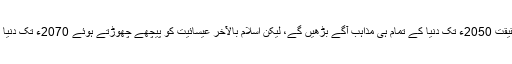
پیو ریسرچ سینٹر کے مطابق درحقیقت 2050ء تک دنیا کے تمام ہی مذاہب آگے بڑھیں گے، لیکن اسلام بالآخر عیسائیت کو پیچھے چھوڑتے ہوئے 2070ء تک دنیا کا سب سے بڑا مذہب بن جائے گا۔